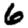
Digit: 6